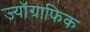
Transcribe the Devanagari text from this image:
ज्यॉग्राफिक